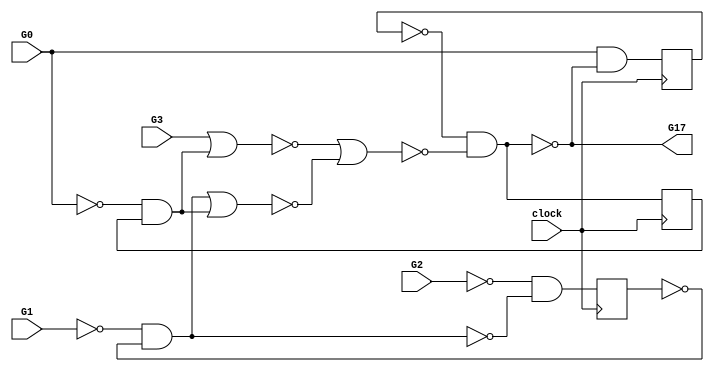
module example ( clock, G0, G1, G2, G3, G17  );
  input  clock, G0, G1, G2, G3;
  output G17;
  reg G5, G6, G7;
  wire n17, n18, n19, n20, n23, n34, n37, n40;
  assign G17 = ~n37;
  assign n17 = ~G0 & G6;
  assign n18 = n23 | n17;
  assign n19 = G3 | n17;
  assign n20 = ~n19 | ~n18;
  assign n34 = G0 & ~n37;
  assign n37 = ~G5 & ~n20;
  assign n23 = ~G1 & ~G7;
  assign n40 = ~G2 & ~n23;
  always @ (posedge clock) begin
    G5 <= n34;
    G6 <= n37;
    G7 <= n40;
  end
endmodule